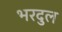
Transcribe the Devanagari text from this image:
भरदुल